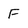
Character: F